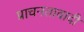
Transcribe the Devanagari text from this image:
प्राचनतावादी